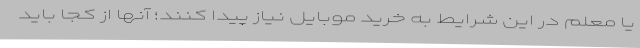
یا معلم در این شرایط به خرید موبایل نیاز پیدا کنند؛ آنها از کجا باید